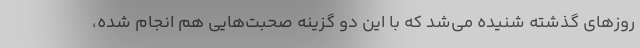
روز‌های گذشته شنیده می‌شد که با این دو گزینه صحبت‌هایی هم انجام شده،